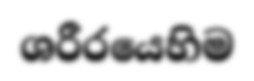
ශරීරයෙහිම